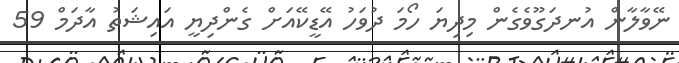
ނޭވާލާން އުނދަގޫވެގެން މިދިޔަ ހޯމަ ދުވަހު އޭޑީކޭއަށް ގެންދިޔީ އައިޝަތު އާދަމް 59